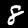
Label: 8